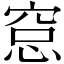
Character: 𥦗